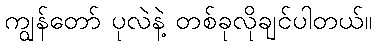
ကျွန်တော် ပုလဲနဲ့ တစ်ခုလိုချင်ပါတယ်။